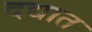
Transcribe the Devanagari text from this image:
दद्यात